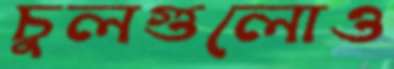
চুলগুলোও